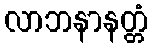
လာဘနာနတ္တံ